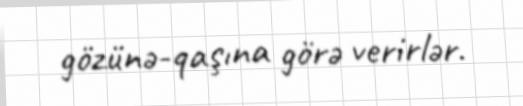
gözünə-qaşına görə verirlər.